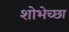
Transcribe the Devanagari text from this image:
शोभेच्छा